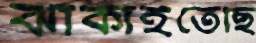
ঝাঁকাইতেছি